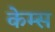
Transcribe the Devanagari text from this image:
केम्स